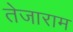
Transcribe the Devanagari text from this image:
तेजाराम